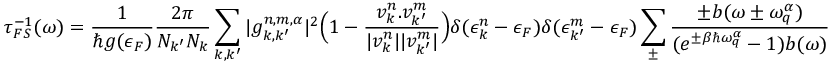
\tau _ { F S } ^ { - 1 } ( \omega ) = \frac { 1 } { \hbar g ( \epsilon _ { F } ) } \frac { 2 \pi } { N _ { k ^ { \prime } } N _ { k } } \sum _ { k , k ^ { \prime } } | g _ { k , k ^ { \prime } } ^ { n , m , \alpha } | ^ { 2 } \Big ( 1 - \frac { v _ { k } ^ { n } . v _ { k ^ { \prime } } ^ { m } } { | v _ { k } ^ { n } | | v _ { k ^ { \prime } } ^ { m } | } \Big ) \delta ( \epsilon _ { k } ^ { n } - \epsilon _ { F } ) \delta ( \epsilon _ { k ^ { \prime } } ^ { m } - \epsilon _ { F } ) \sum _ { \pm } \frac { \pm b ( \omega \pm \omega _ { q } ^ { \alpha } ) } { ( e ^ { \pm \beta \hbar \omega _ { q } ^ { \alpha } } - 1 ) b ( \omega ) }